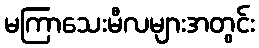
မကြာသေးမီလများအတွင်း